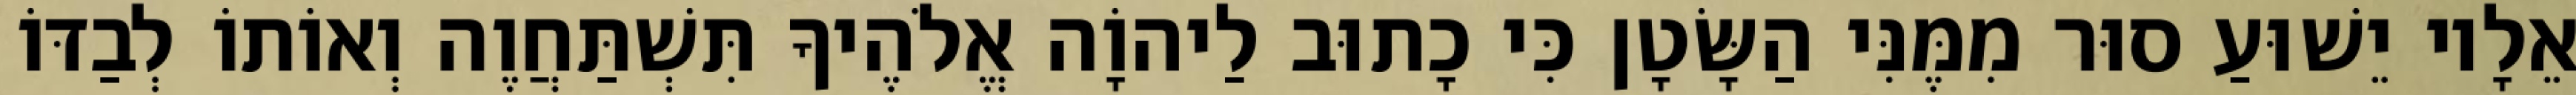
אֵלָיו יֵשׁוּעַ סוּר מִמֶּנִּי הַשָּׂטָן כִּי כָתוּב לַיהוָֹה אֱלֹהֶיךָ תִּשְׁתַּחֲוֶה וְאוֹתוֹ לְבַדּוֹ